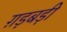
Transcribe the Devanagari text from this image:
ग़ड़बड़ी